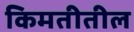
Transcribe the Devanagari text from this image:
किमतीतील